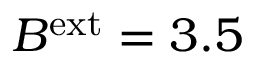
B ^ { \mathrm { e x t } } = 3 . 5